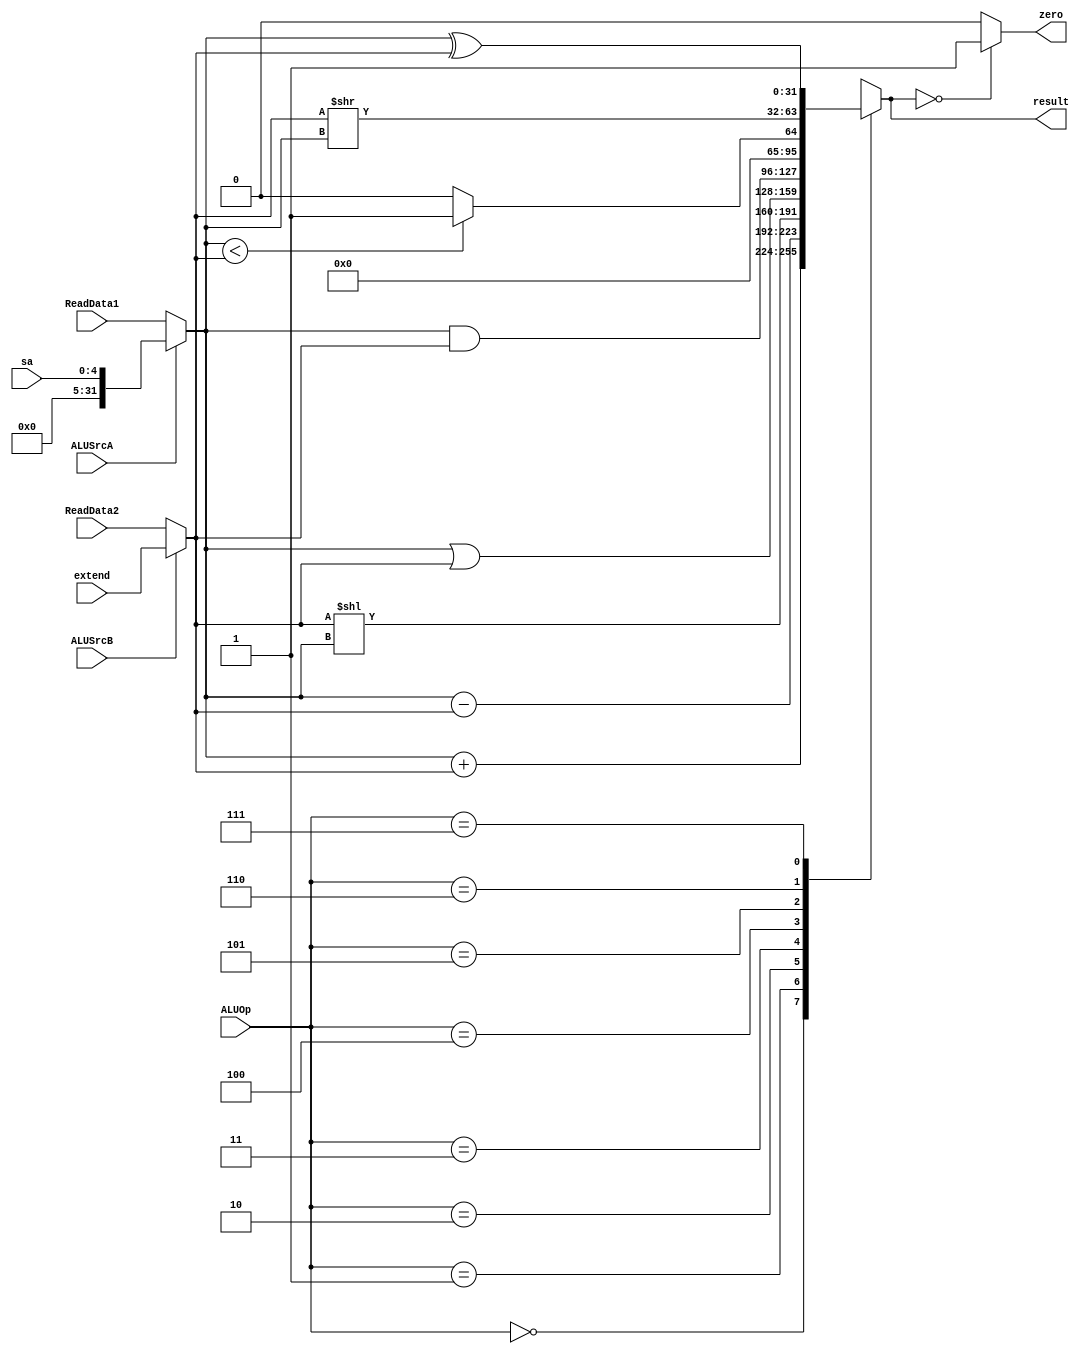
`timescale 1ns / 1ps
//////////////////////////////////////////////////////////////////////////////////
// Company: 
// Engineer: 
// 
// Design Name: 
// Module Name: ALU
// Project Name: 
// Target Devices: 
// Tool Versions: 
// Description: 
// 
// Dependencies: 
// 
// Revision:
// Revision 0.01 - File Created
// Additional Comments:
// 
//////////////////////////////////////////////////////////////////////////////////


module ALU(
        input ALUSrcA,
        input ALUSrcB,
        input [31:0] ReadData1,
        input [31:0] ReadData2,
        input [4:0] sa,
        input [31:0] extend,
        input [2:0] ALUOp,
        output reg zero,
        output reg[31:0] result
    );
    
    reg [31:0] A;
    reg [31:0] B;
    
    always@(ReadData1 or ReadData2 or ALUSrcA or ALUSrcB or ALUOp) 
    begin
        //
        A = (ALUSrcA == 0) ? ReadData1 : sa;
        B = (ALUSrcB == 0) ? ReadData2 : extend;
        case(ALUOp)
            3'b000: result = A + B;
            3'b001: result = A - B;
            3'b010: result = B << A;
            3'b011: result = A | B;
            3'b100: result = A & B;
            3'b101: result = (A < B) ? 1 : 0;
            3'b110: result = B >> A;
            3'b111: result = A ^ B;
        endcase
        zero = (result == 0) ? 1 : 0;
    end 
endmodule